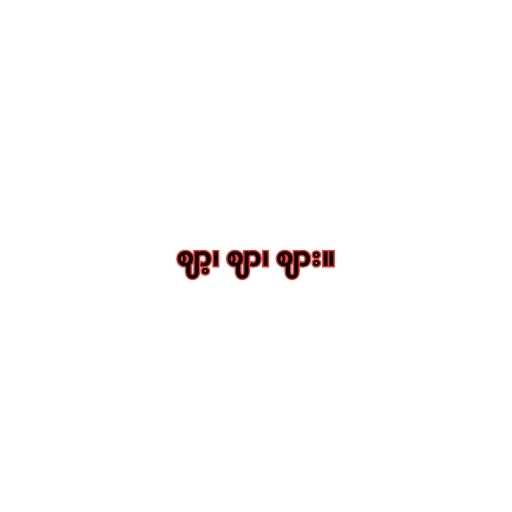
ဈာ့၊ ဈာ၊ ဈား။